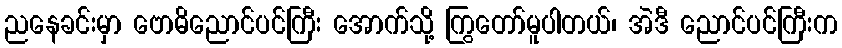
ညနေခင်းမှာ ဗောဓိညောင်ပင်ကြီး အောက်သို့ ကြွတော်မူပါတယ်၊ အဲဒီ ညောင်ပင်ကြီးက